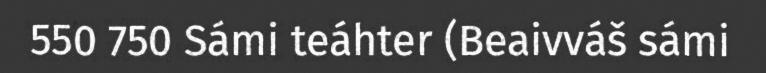
550 750 Sámi teáhter (Beaivváš sámi